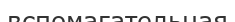
вспомагательная